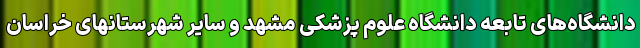
دانشگاه‌های تابعه دانشگاه علوم پزشکی مشهد و سایر شهرستانهای خراسان